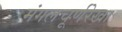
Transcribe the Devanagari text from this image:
मंगलचूर्णरेखा